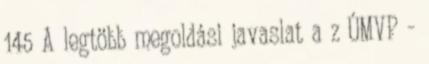
145 A legtöbb megoldási javaslat a z ÚMVP -